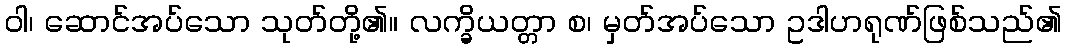
ဝါ၊ ဆောင်အပ်သော သုတ်တို့၏။ လက္ခိယတ္တာ စ၊ မှတ်အပ်သော ဥဒါဟရုဏ်ဖြစ်သည်၏